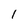
Character: 1